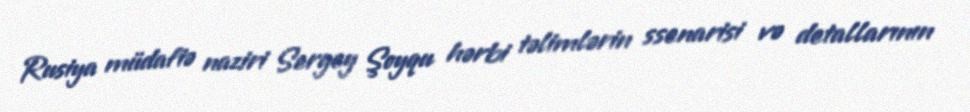
Rusiya müdafiə naziri Sergey Şoyqu hərbi təlimlərin ssenarisi və detallarının